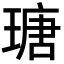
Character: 瑭